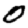
Digit: 0